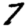
Digit: 7